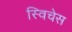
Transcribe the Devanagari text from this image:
स्विचेस